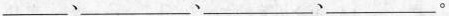
___、___、___、___。